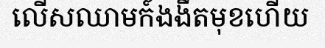
លើសឈាមក៍ងងឹតមុខហើយ